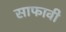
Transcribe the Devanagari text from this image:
साफावी